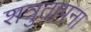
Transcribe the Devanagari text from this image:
शत्रुतापना